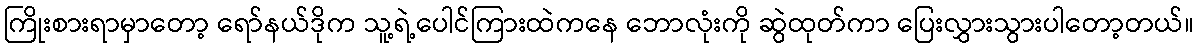
ကြိုးစားရာမှာတော့ ရော်နယ်ဒိုက သူ့ရဲ့ပေါင်ကြားထဲကနေ ဘောလုံးကို ဆွဲထုတ်ကာ ပြေးလွှားသွားပါတော့တယ်။